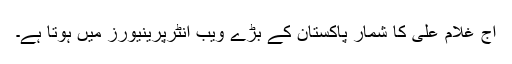
آج غلام علی کا شمار پاکستان کے بڑے ویب انٹرپرینیورز میں ہوتا ہے۔